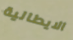
الايطالية